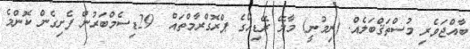
ބާއްޖަވެރި މުސްތަޤްބަލެއް. (ނިމުނީ) މާލޭ ރޭޑިއޯގެ ޕްރޮގްރާމްތައް  29ޑިސެމްބަރުން ފެށިގެން ކޮންމެ